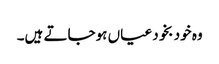
وہ خود بخود عیاں ہوجاتے ہیں۔